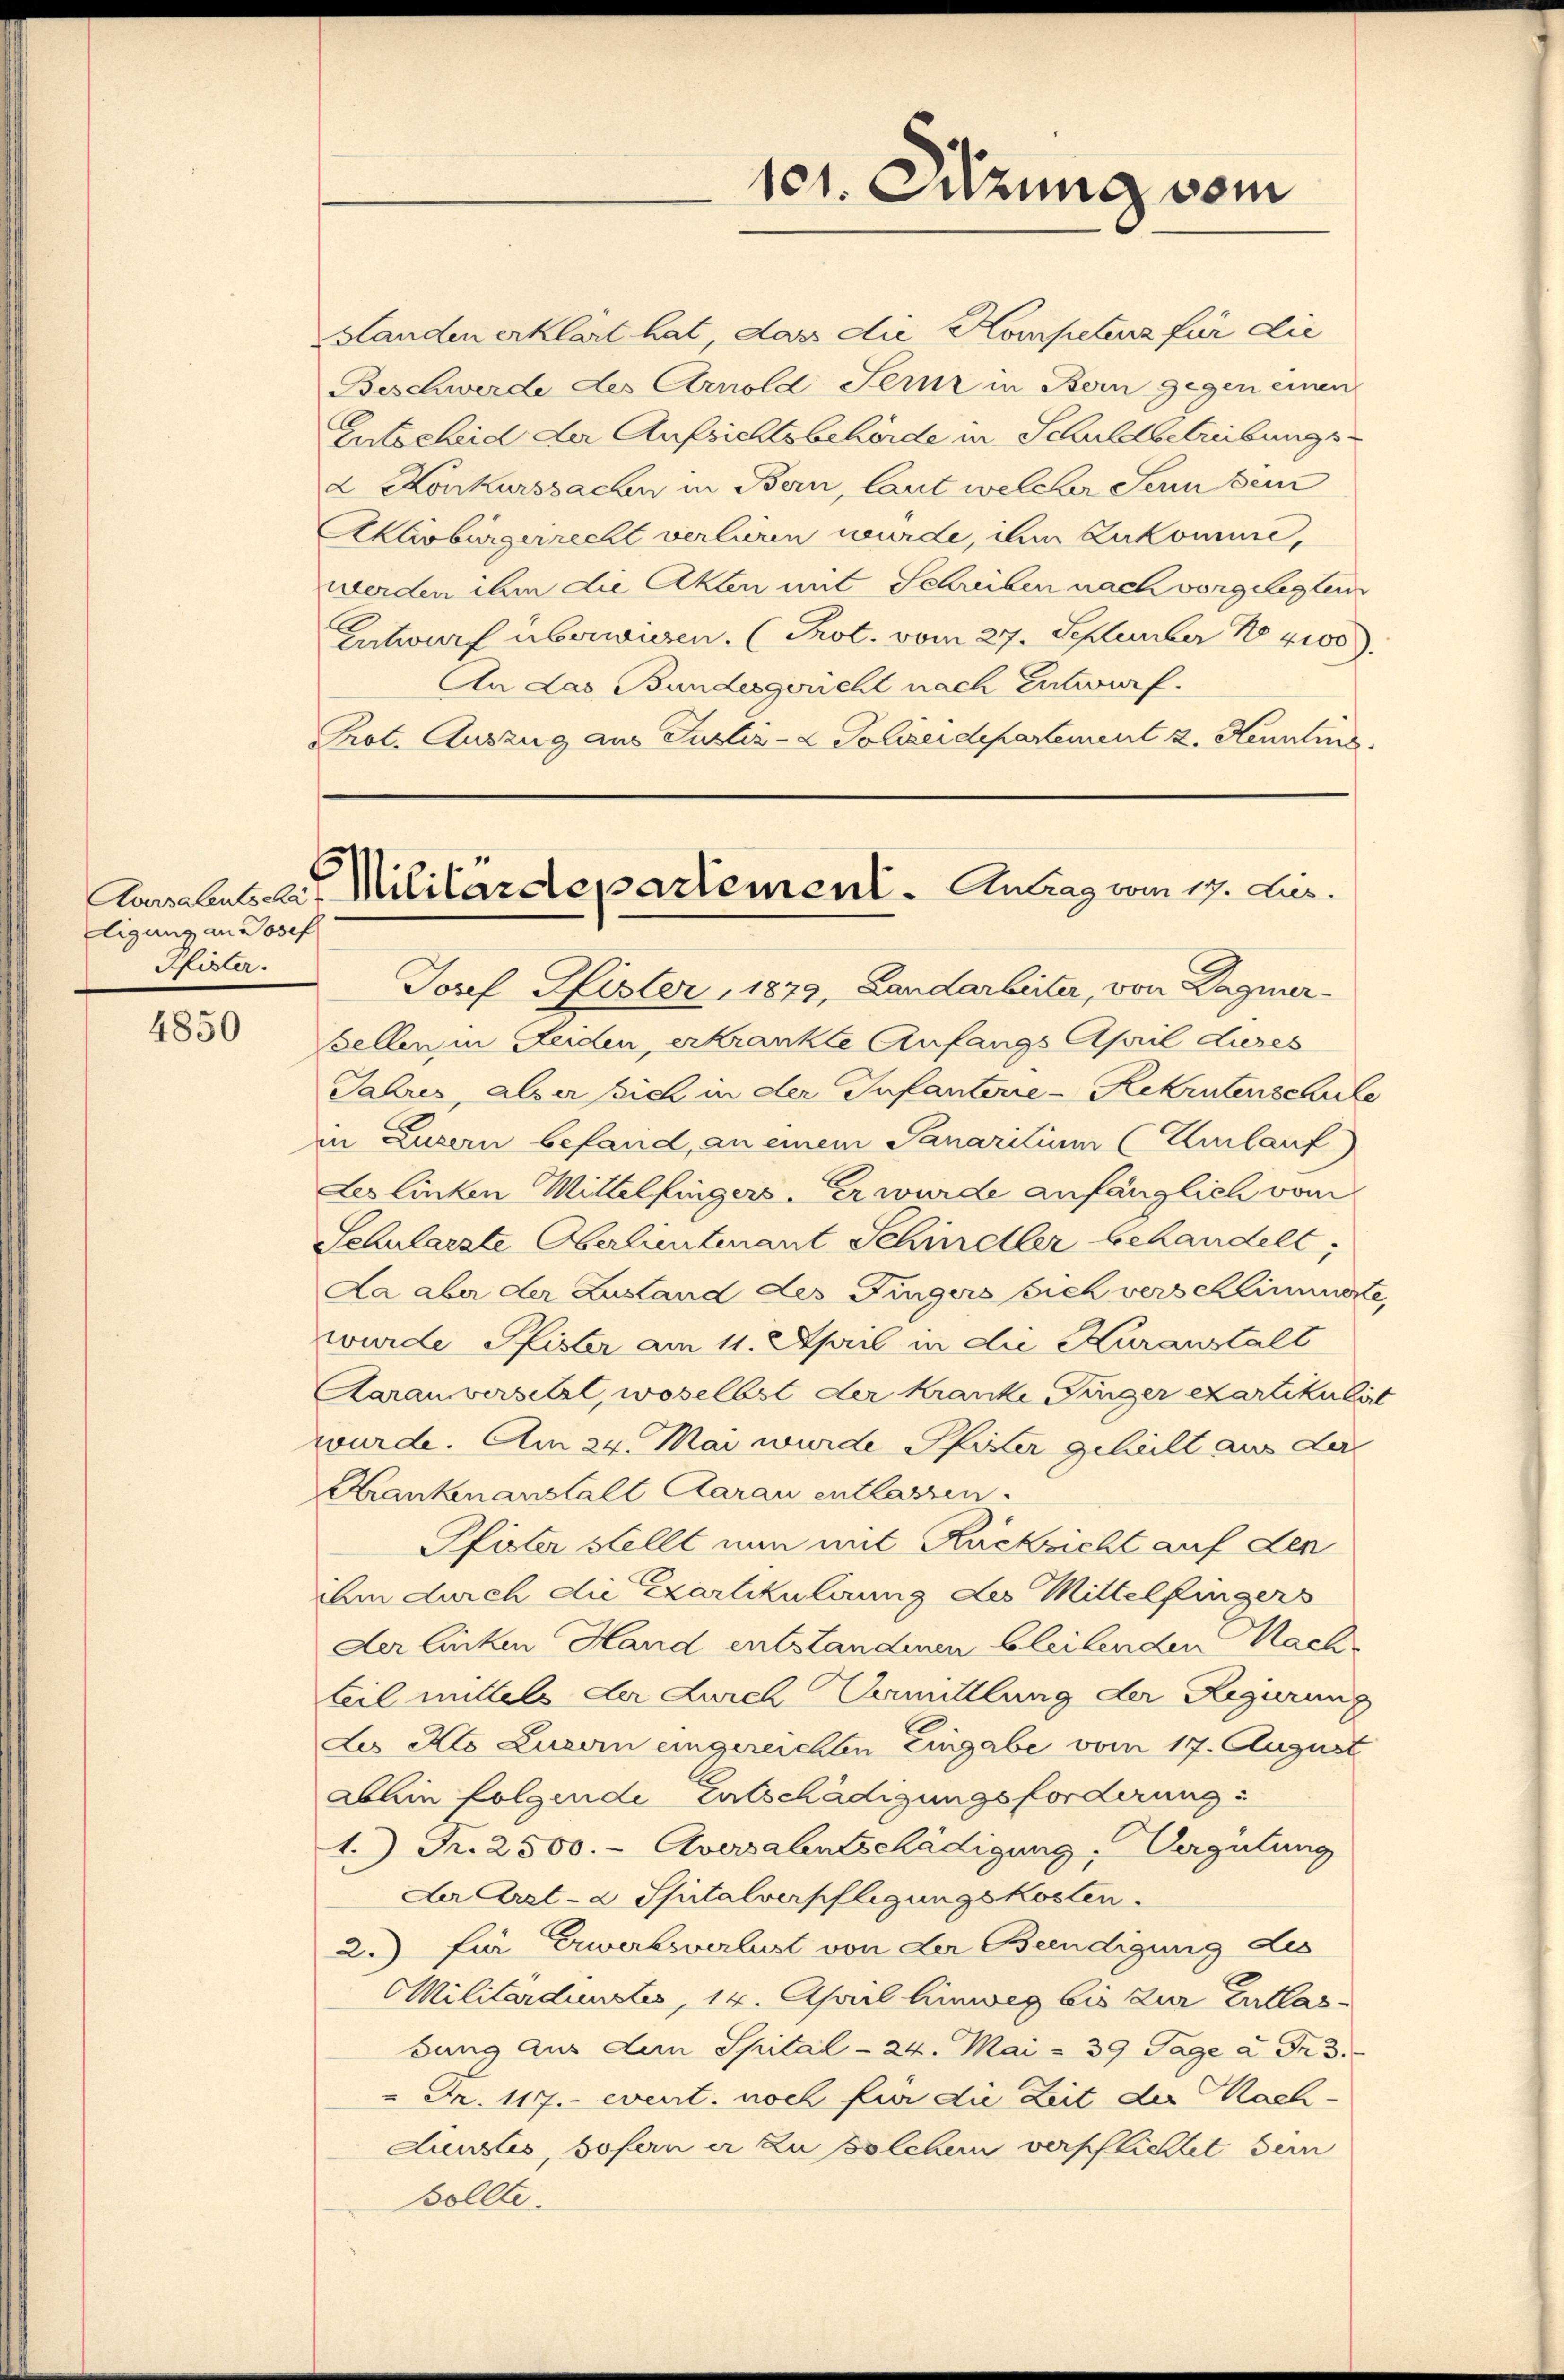
ligung an Josef
Peler.

4850

Pot. Auszug aus Justiz- & Polizeidepartement z. Henntnis

101. Sitzung vom

Aarsalents cas Militärdepartement. Antrag vom 17. Jes.

Standen erklärt hat das die Kompetenz für die
Beschwerde des Arnold fern in Bern gegen einen
Entscheid der Aufsichtsbehörde in Schuldbetreibungs¬
2 Konkurssachen in Bern, laut welcher Senn sein
Aktivbürgerrecht verlieren wurde, ihm zukomme,
werden ihm die Akten mit Schreiben nach vorgelegten
Entwurf überwiesen. (Prot. vom 27. September 184100).
An das Bundesgericht nach Entwurf.
Josef Pfister, 1879, Landarbeiter, von Wagner¬
Bellen in Leiden, erkrankte Anfangs April dieses
Jahres, als er sich in der Infanterie-Rekrutenschule
in Luzern befand, an einem Sanaritium (Umlauf
Les linken Mittelfingers. Er wurde anfänglich vom
Schularzte Oberlieutenant Schindler behandelt;
Da aber der Zustand des Fingers sich verschlimmerte,
wurde Pfister am 11. April in die Kuranstalt
Aarau versetzt, woselbst der Kranke Finger exartikulirt
wurde. Am 24. Mai wurde Pfister gehielt aus der
Krankenanstalt Aarau entlassen.
Pfister stellt nun mit Rücksicht auf den
ihm durch die Exartikulirung des Mittelfingers
Der linken Hand entstanderen bleibenden Nach-
teil mittels der Durch Vermittlung der Regierung
Les Klo Luzern eingereichten Eingabe vom 17. August
ablein folgende Entschädigungsforderung:
1.) Fr. 2500.- Aversalentschädigung, Vergütung
La Arzt- a. Spitalverpflegungskosten.
2.) für Erwerksverlust von der Beendigung des
Militardunstes, 14. April hinweg bis zur Entlasbung aus dem Spital - 24. Mai & 39 Tage u. Frd.
" Fr. 117. event. noch für die Zeit der Nach-
dunstes, sofern er zu solchen verpflichtet sein
Sollte.